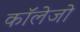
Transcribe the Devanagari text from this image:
काॅलेजो